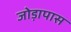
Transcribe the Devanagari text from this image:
जोड़ापास